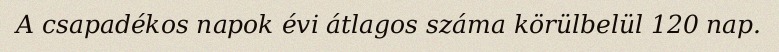
A csapadékos napok évi átlagos száma körülbelül 120 nap.